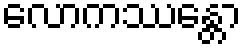
လောကဿန္တော